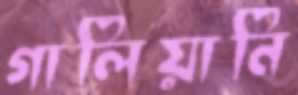
গালিয়ানি